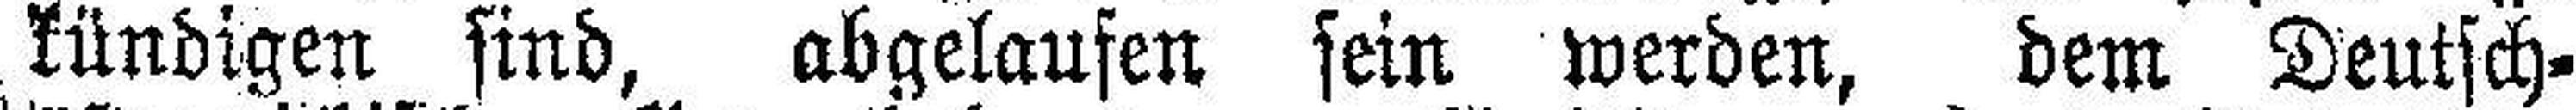
kündigen sind, abgelaufen sein werden, dem Deutsch¬